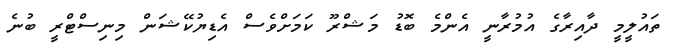
ތައުލީމީ ދާއިރާގެ އުމުރާނީ އެންމެ ބޮޑު މަޝްރޫ ކަމަށްވެސް އެޑިޔުކޭޝަން މިނިސްޓްރީ ބުނެ